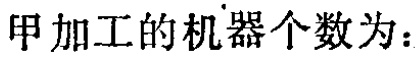
甲加工的机器个数为：